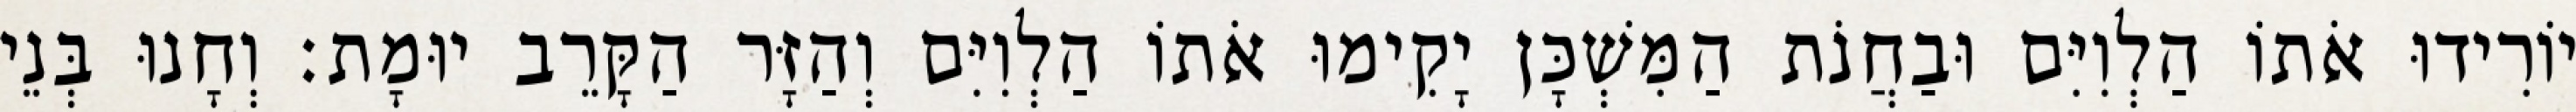
יוֹרִידוּ אֹתוֹ הַלְוִיִּם וּבַחֲנֹת הַמִּשְׁכָּן יָקִימוּ אֹתוֹ הַלְוִיִּם וְהַזָּר הַקָּרֵב יוּמָת׃ וְחָנוּ בְּנֵי